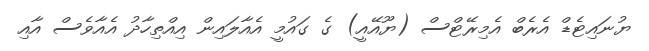
ޔުނައިޓެޑް އެރެބް އެމިރޭޓްސް (ޔޫއޭއީ) ގެ ގައުމީ އެއާލައިން އިއްތިހާދު އެއާވެސް އާއި